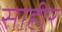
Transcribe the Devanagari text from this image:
साहीर